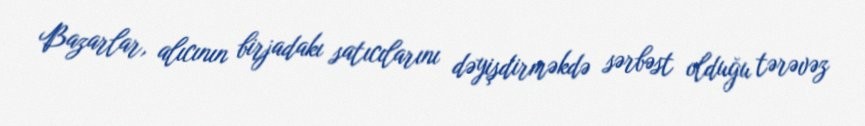
Bazarlar, alıcının birjadakı satıcılarını dəyişdirməkdə sərbəst olduğu tərəvəz